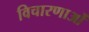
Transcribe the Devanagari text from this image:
विचारणाओं